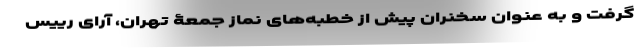
گرفت و به عنوان سخنران پیش از خطبه‌های نماز جمعۀ تهران، آرای رییس